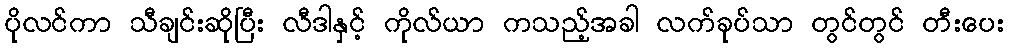
ပိုလင်ကာ သီချင်းဆိုပြီး လီဒါနှင့် ကိုလ်ယာ ကသည့်အခါ လက်ခုပ်သာ တွင်တွင် တီးပေး